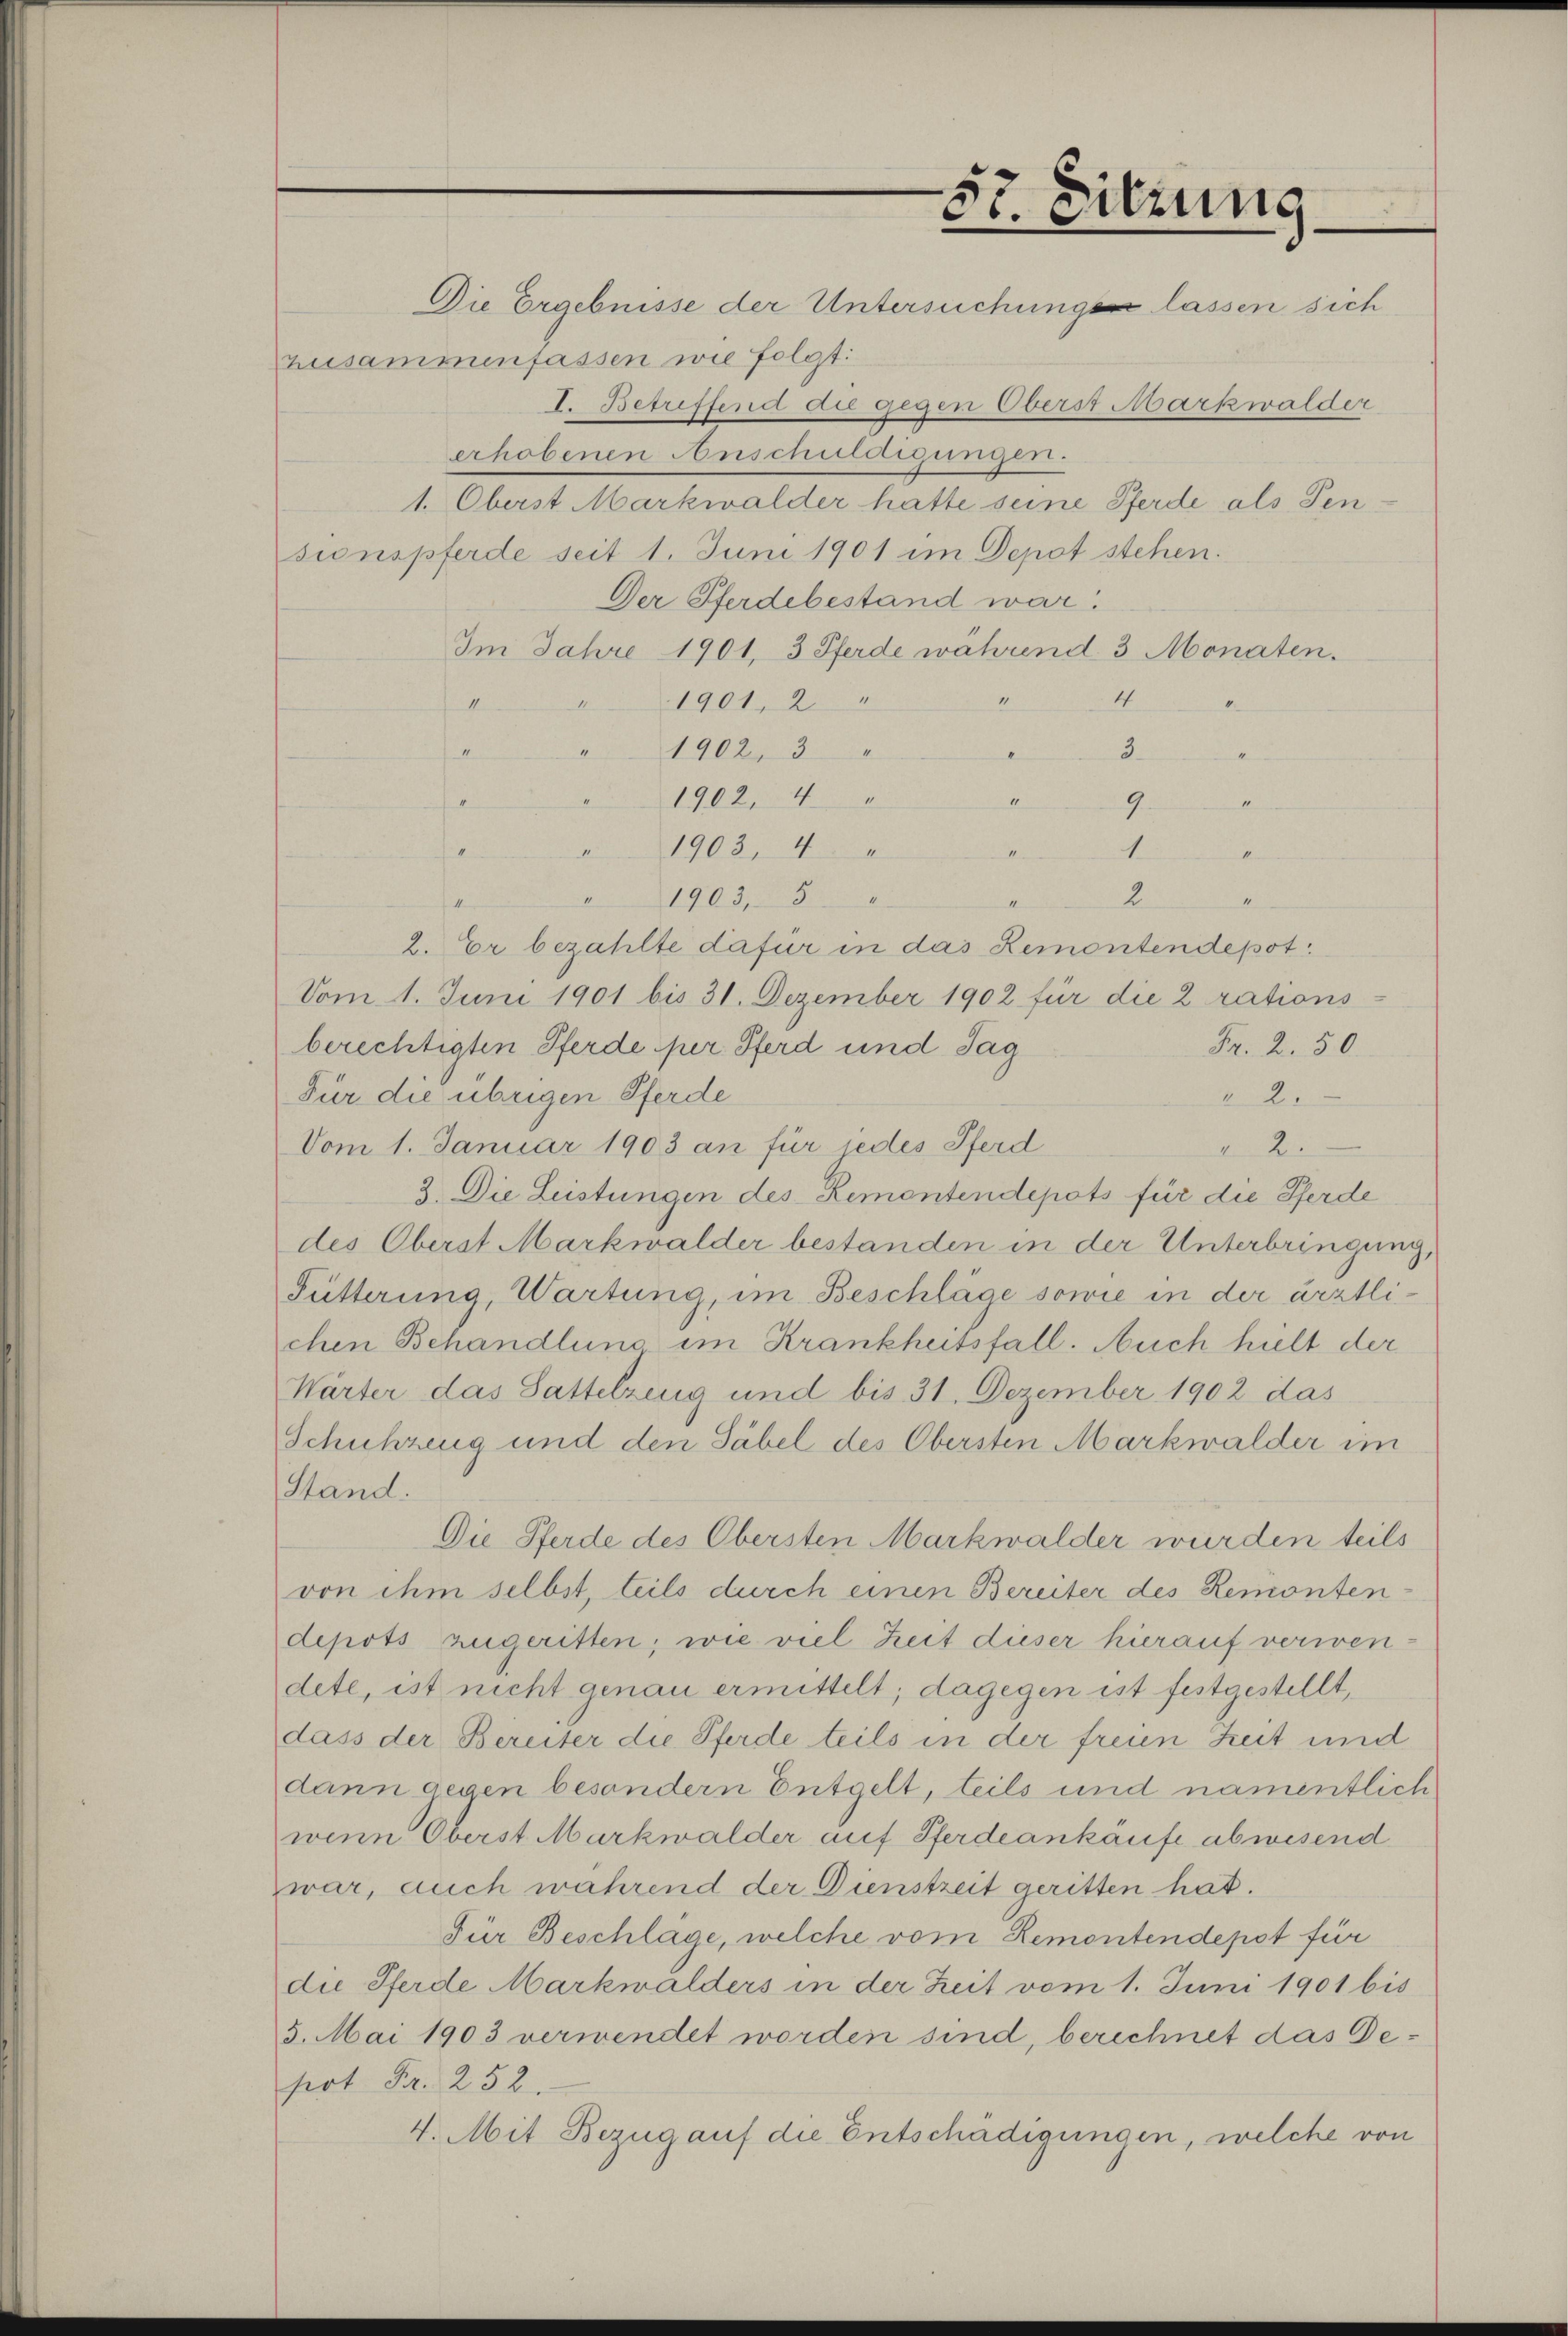
57. Sitzung

Die Ergebnisse der Untersuchungen lassen sich
zusammenfassen wie folgt:
I. Betreffend die gegen Oberst Markwalder
erhobenen Anschuldigungen.
1. Oberst Markwalder hatte seine Pferde als Pensionspferde seit 1. Juni 1901 im Depot stehen.
Der Pferdebestand war!
Im Jahre 1901, 3 Pferde während 3 Monaten.
4
1901, 2 "
I
.
II
1902, 3 "
3
I
1902, 4 "
9.
1
1
1
1903. 4
M
A
2
1903, 5
e
2. Er bezahlte dafür in das Remontendepot¬
Vom 1. Juni 1901 bis 31. Dezember 1902 für die 2 rations-
Fr. 2. 50.
berechtigten Pferde per Pferd und Tag
Für die übrigen Pferde
2.
Vom 1. Januar 1903 an für jedes Pferd
2.
3. Die Leistungen des Remontendepots für die Pferde
des Oberst Markwalder bestanden in der Unterbringung,
Fütterung, Wartung, im Beschläge sowie in der ärztlichen Behandlung im Krankheitsfall. Auch hielt der
Wärter das Sattelzeug und bis 31. Dezember 1902 das
Schuhzeug und den Säbel des Obersten Markwalder im
Stand.
Die Pferde des Obersten Markwalder wurden teils
von ihm selbst, teils durch einen Bereiter des Remontendepots zugeritten; wie viel Zeit dieser hierauf verwendete, ist nicht genau ermittelt; dagegen ist festgestellt,
dass der Bereiter die Pferde teils in der freien Zeit und
dann gegen besondern Entgelt, teils und namentlich
wenn Oberst Markwalder auf Pferdeankäufe abwesend
war, auch während der Dienstzeit geritten hat.
Für Beschlage, welche vom Remontendepot für
die Pferde Markwalders in der Zeit vom 1. Juni 1901 bis
5. Mai 1903 verwendet worden sind, berechnet das Desirt Fr. 252.
4. Mit Bezug auf die Entschädigungen, welche von

4